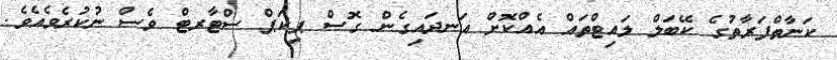
ކަނާތްފަރާތުގެ ކޭބަލް ލައިޓްތައް އެއްކޮށް އަނދައިގެން ގޮސް ޕިކަޕް ސްޓާރޓް ވެސް ނުކުރެވެއެވެ.